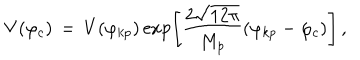
V ( \varphi _ { c } ) \, = \, V ( \varphi _ { k p } ) \exp \Biggr [ \frac { 2 \sqrt { 1 2 \pi } } { M _ { p } } ( \varphi _ { k p } - \varphi _ { c } ) \Biggr ] \, ,